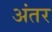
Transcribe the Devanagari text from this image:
अंंतर